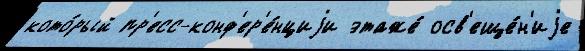
кото́рый пр'есс-конф'ер'е́нциjи этаже́ осв'еще́н'иjе